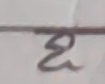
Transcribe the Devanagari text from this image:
२